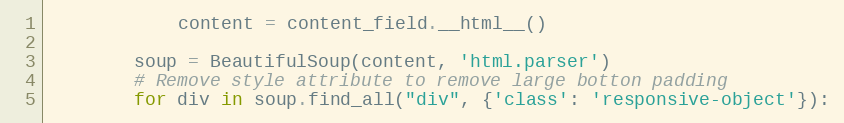
Language: Python
            content = content_field.__html__()

        soup = BeautifulSoup(content, 'html.parser')
        # Remove style attribute to remove large botton padding
        for div in soup.find_all("div", {'class': 'responsive-object'}):